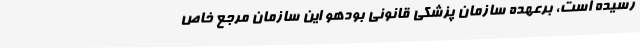
رسیده است‌، برعهده سازمان پزشکی قانونی بودهو این سازمان مرجع خاص